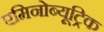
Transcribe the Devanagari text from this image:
एमिनोब्यूट्रिक